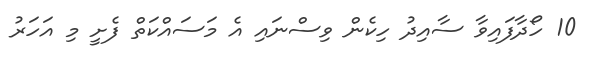
10 ހޯދާފައިވާ ސާއިދު ހިކެން ވިސްނައި އެ މަސައްކަތް ފެށީ މި އަހަރު